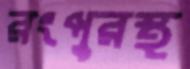
রংপুরস্থ